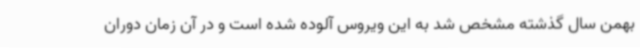
بهمن سال گذشته مشخص شد به این ویروس آلوده شده است و در آن زمان دوران